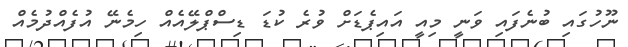
ނޫހުގައި ބުނެފައި ވަނީ މިއީ އައިޕެޑަށް ވުރެ ކުޑަ ޑިސްޕްލޭއެއް ހިމެނޭ އުފެއްދުމެއް